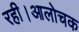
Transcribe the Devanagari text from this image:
रही।आलोचक